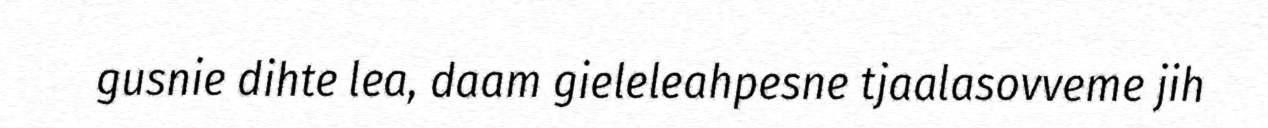
gusnie dihte lea, daam gieleleahpesne tjaalasovveme jih